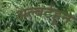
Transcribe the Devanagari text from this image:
अल्बर्टहून